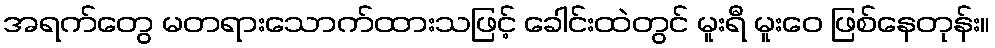
အရက်တွေ မတရားသောက်ထားသဖြင့် ခေါင်းထဲတွင် မူးရီ မူးဝေ ဖြစ်နေတုန်း။